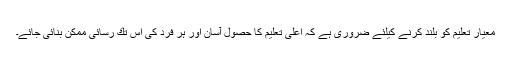
معیارِ تعلیم كو بلند كرنے كیلئے ضروری ہے كہ اعلیٰ تعلیم كا حصول آسان اور ہر فرد كی اس تك رسائی ممكن بنائی جائے۔